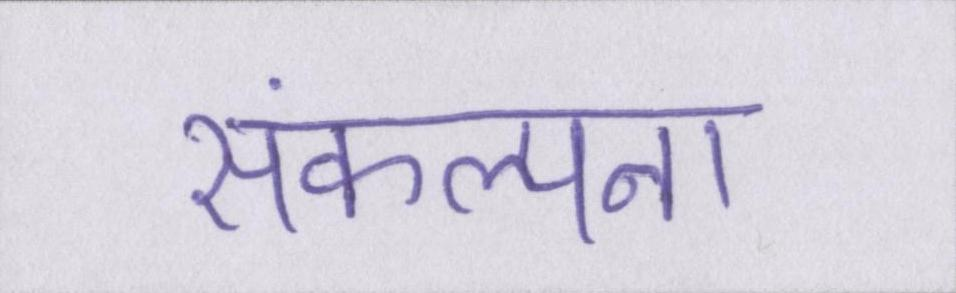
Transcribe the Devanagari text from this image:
संकल्पना